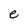
Character: e